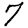
Digit: 7